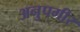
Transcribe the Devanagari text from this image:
अनुपगीर